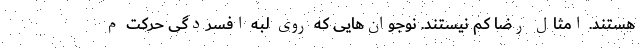
هستند. امثال رضا کم نیستند. نوجوان‌هایی که روی لبه افسردگی حرکت م